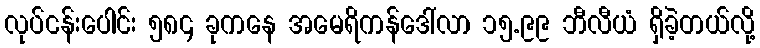
လုပ်ငန်းပေါင်း ၅၈၄ ခုကနေ အမေရိကန်ဒေါ်လာ ၁၅.၉၉ ဘီလီယံ ရှိခဲ့တယ်လို့